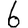
Digit: 6